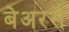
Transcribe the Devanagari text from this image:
बेअरर्स